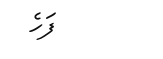
ފަހެ